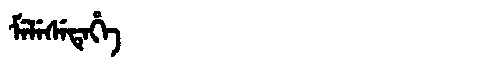
Manchu: ᠮᡝᠯᡝᠰᡝᡨᡝᡥᡝ
Romanization: MELESETEHE